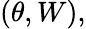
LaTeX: (\theta,W),